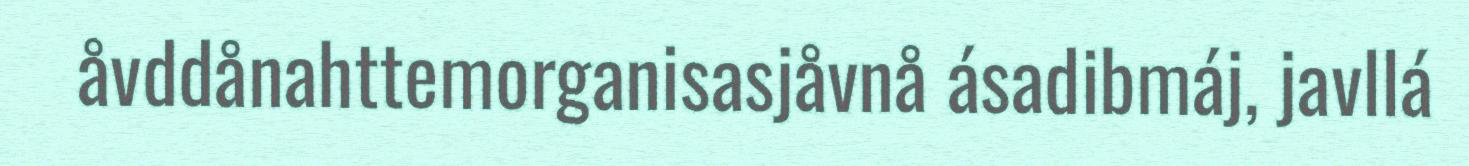
åvddånahttemorganisasjåvnå ásadibmáj, javllá